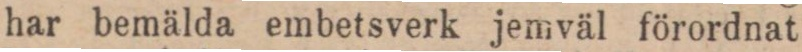
har bemälda embetsverk jemväl förordnat